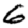
Digit: 6